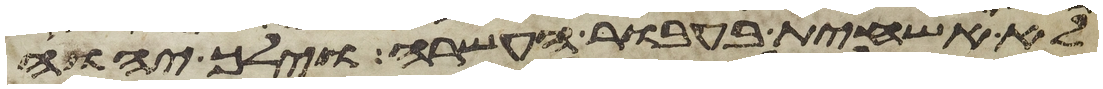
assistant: לא אשחית בעבור העשרה וילך יהוה